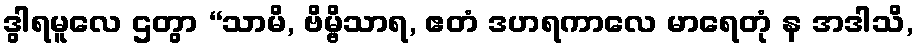
ဒွါရမူလေ ဌတွာ “သာမိ, ဗိမ္ဗိသာရ, ဧတံ ဒဟရကာလေ မာရေတုံ န အဒါသိ,